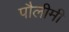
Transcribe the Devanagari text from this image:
पौलीमी